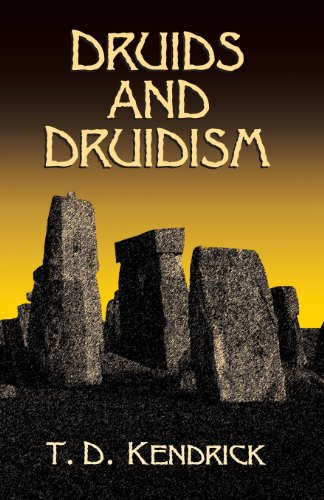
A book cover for Druids and Druidism (Dover Occult); T. D. Kendrick; Religion & Spirituality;